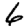
Digit: 6